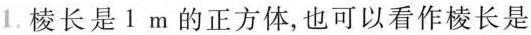
1.棱长是1m的正方体，也可以看作棱长是